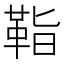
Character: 𩊝